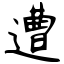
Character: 遭